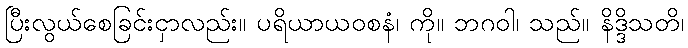
ပြီးလွယ်စေခြင်းငှာလည်း။ ပရိယာယဝစနံ၊ ကို။ ဘဂဝါ၊ သည်။ နိဒ္ဒိသတိ၊